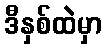
ဒီနှစ်ထဲမှာ